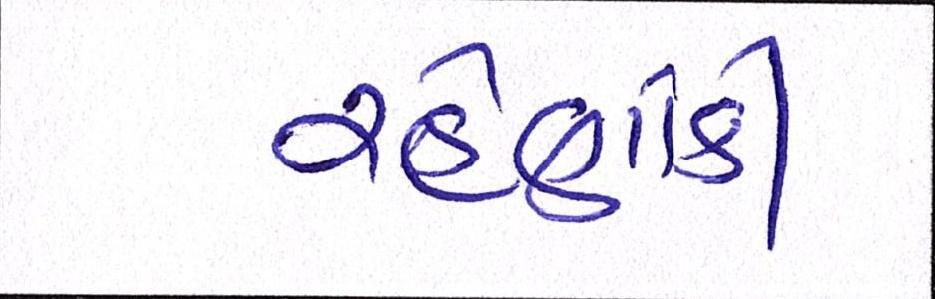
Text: રહેણાંકી